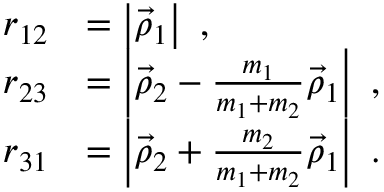
\begin{array} { r l } { r _ { 1 2 } } & { = \left| \vec { \rho } _ { 1 } \right| ~ , } \\ { r _ { 2 3 } } & { = \left| \vec { \rho } _ { 2 } - \frac { m _ { 1 } } { m _ { 1 } + m _ { 2 } } \vec { \rho } _ { 1 } \right| ~ , } \\ { r _ { 3 1 } } & { = \left| \vec { \rho } _ { 2 } + \frac { m _ { 2 } } { m _ { 1 } + m _ { 2 } } \vec { \rho } _ { 1 } \right| ~ . } \end{array}